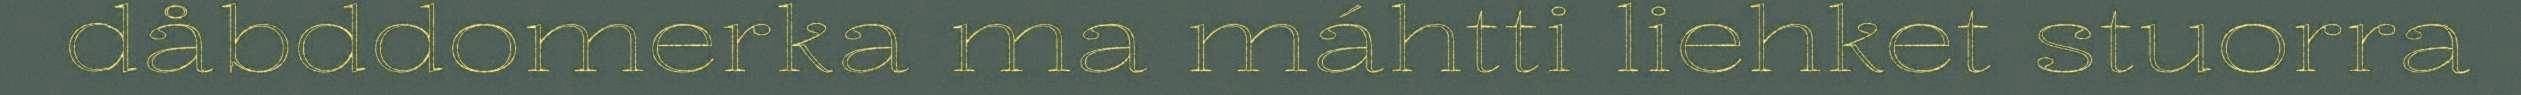
dåbddomerka ma máhtti liehket stuorra